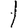
Digit: 1